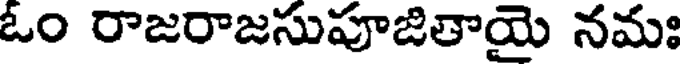
ఓం రాజరాజసుపూజితాయై నమః